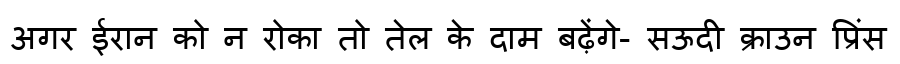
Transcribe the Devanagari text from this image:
अगर ईरान को न रोका तो तेल के दाम बढ़ेंगे- सऊदी क्राउन प्रिंस